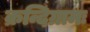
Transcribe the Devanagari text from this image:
क्रन्दिग्रामः